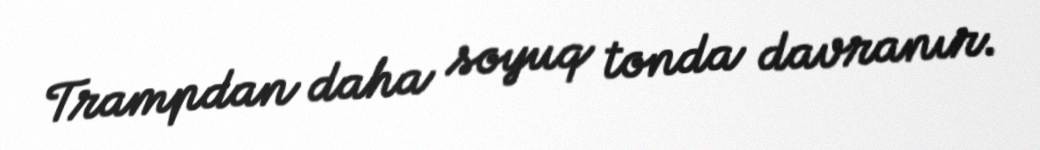
Trampdan daha soyuq tonda davranır.